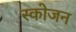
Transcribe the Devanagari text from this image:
स्कोजन